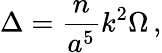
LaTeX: \Delta={\frac{n}{a^{5}}}k^{2}\Omega\, ,